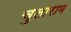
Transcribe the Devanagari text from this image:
चुलाराम